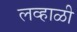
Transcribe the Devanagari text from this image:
लव्हाळी